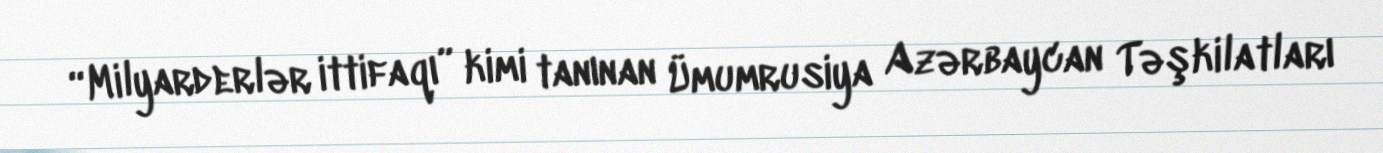
“Milyarderlər ittifaqı” kimi tanınan Ümumrusiya Azərbaycan Təşkilatları